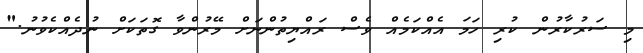
މި ސަރުކާރުން ކުރި ހަމަ އެއްކަމެއް ވެސް ރައްޔިތުންނަށް މޭރުންވާ ގޮތަކަށް ނުދެއްކެވުނު."